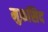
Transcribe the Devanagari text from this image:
मुफ़सिद